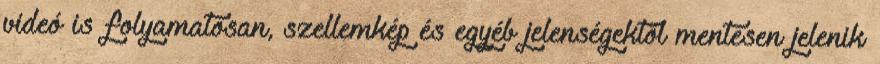
videó is folyamatosan, szellemkép és egyéb jelenségektől mentesen jelenik